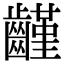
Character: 𪙟